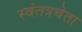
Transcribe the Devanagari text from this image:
स्वंतत्रचेता